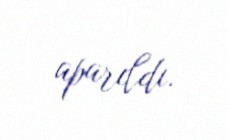
aparıldı.